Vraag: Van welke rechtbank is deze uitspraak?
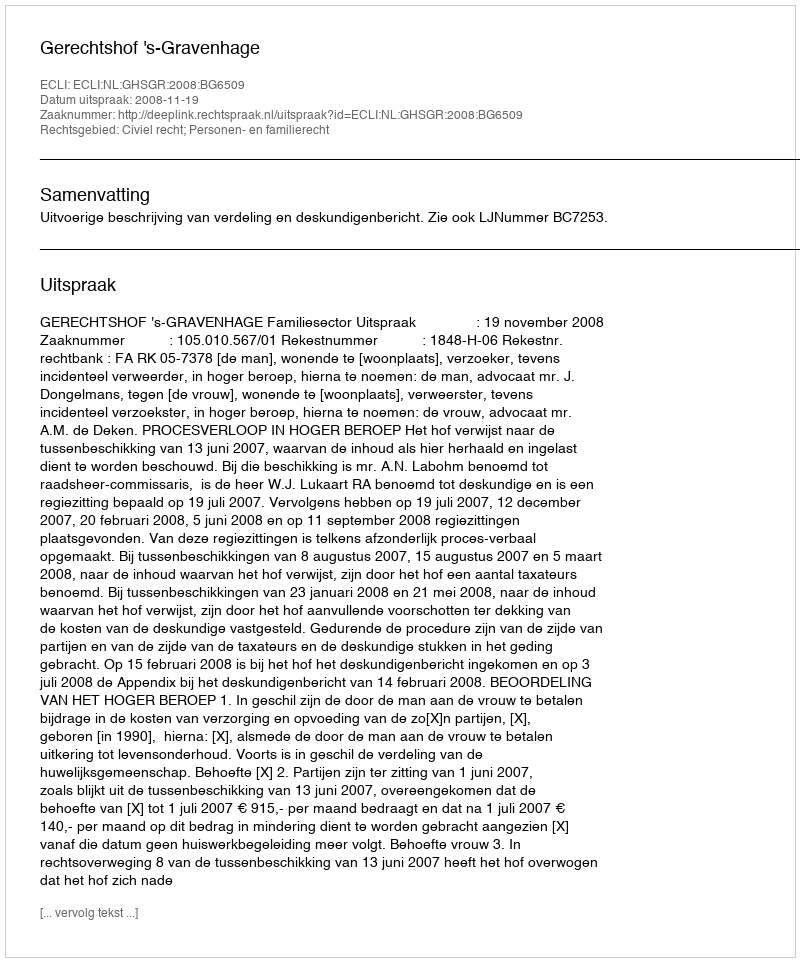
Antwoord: Gerechtshof 's-Gravenhage